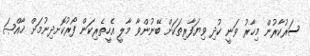
ސަރުކާރުން މިހާރު ވަނީ ކުދި ވިޔަފާރިތަކަށް ބޭނުންވާ މާލީ އެހީތެރިކަން ފޯރުކޮށދިނުމަށް ޚާއްޞަ